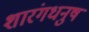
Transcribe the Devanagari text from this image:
शारंगधनुष